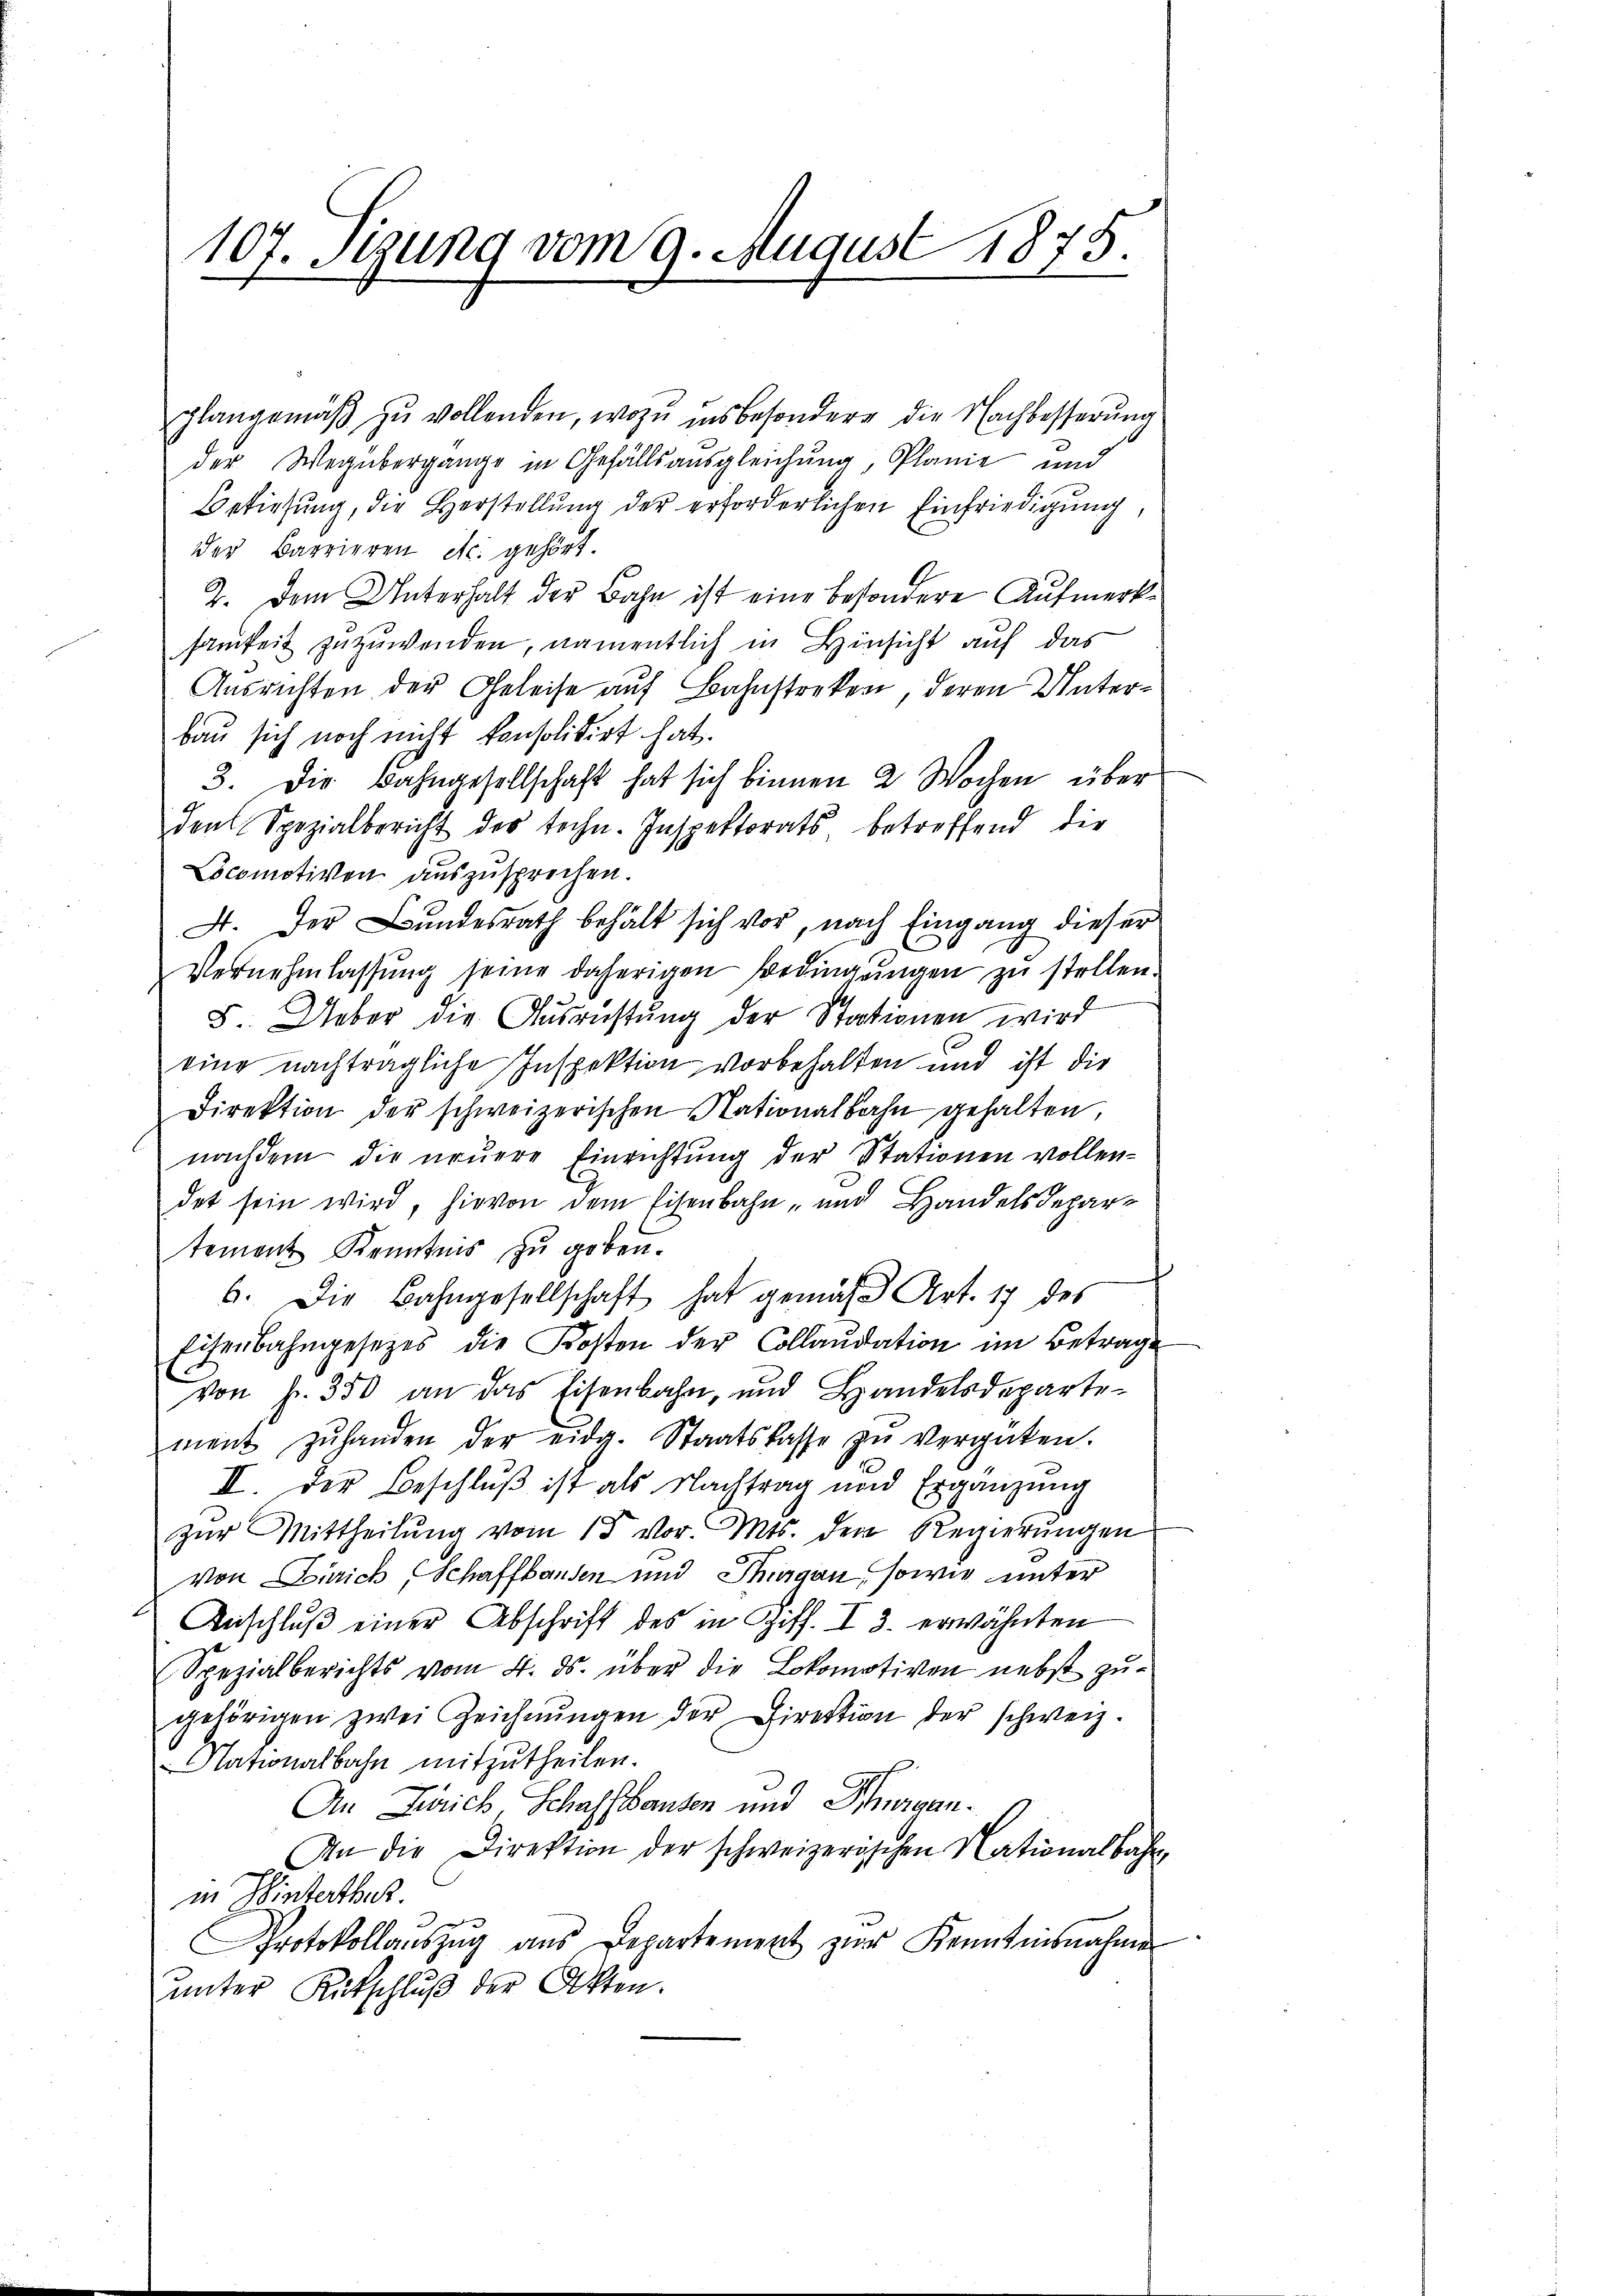
plangemäβ zŭ vollenden, wozu insbesondere die Nachbesserung
der Wegübergange in Gefällsausgleichung, Planie und
Bekiesung, die Herstellung der erforderlichen Einfriedigung,
der Barrieren etc. gehört.
2. Dem Unterhalt der Bahn ist eine besondere Aufmerksamkeit zuzuwenden, namentlich in Hinsicht auf das
Ausrichten der Geleise auf Bahnstreken, deren Unterbau sich noch nicht konsolidirt hat.
3. Die Bahngesellschaft hat sich binnen 2 Wochen über
den Spezialbericht der techn. Inspektorats betreffend die
Locomotiven auszusprechen.
4. Der Bundesrath behält sich vor, nach Eingang dieser
Vernehmlassung seine daherigen Bedingungen zu stellen.
8. Ueber die Ausrichtung der Stationen wird
eine nachträgliche Inspektion vorbehalten und ist die
Direktion der schweizerischen Nationalbahn gehalten,
nachdem die neuere Einrichtung der Stationen vollendet sein wird, hievon dem Eisenbahn- und Handelsdepartement Kenntnis zu geben.
b. Die Bahngesellschaft hat gemäβ Art. 17 des
Eisenbahngesetzes die Kosten der Collaudation im Betrage
von Fr. 350 an das Eisenbahn, und Handelsdepartement zŭ handen der eidg. Staatskasse zŭ vergüten.
II. Der Beschluß ist als Nachtrag und Ergänzung
zŭr Mittheilŭng vom 15 vor. Mts. den Regierŭngen
von Zürich Schaffhausen und Thurgau, sowie unter
Anschluß einer Abschrift des in Ziff. I 3. erwähnten
Spezialberichts vom 4. ds. über die Lokomotiven nebst zugehörigen zwei Zeichnŭngen der Direktion der schweiz.
Nationalbahn mitzutheilen.
An Zürich, Schaffhausen und Thurgan¬
An die Direktion der schweizerischen Nationalbahn
in Hinterthur.
e
Protokollaŭszŭg ans Departement zŭr Kenntnisnahme
unter Rutschluß der Akten.

107. stung vom 9. August 1875.